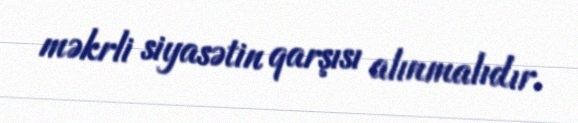
məkrli siyasətin qarşısı alınmalıdır.